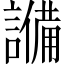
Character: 𬣈